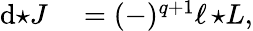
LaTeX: \begin{array}{rl}{\mathrm{d}{\star J}}&{{}=(-)^{q+1}\ell\, {\star L},}\end{array}